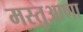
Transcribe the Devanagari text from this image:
मस्तुआणा